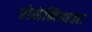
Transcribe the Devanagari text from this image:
रोमेनियावर